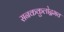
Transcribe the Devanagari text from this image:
सनककुलोद्वभव